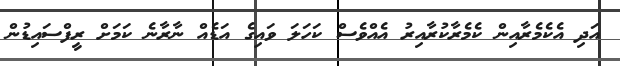
އަދި އެކެމެރާއިން ކެމެރާކުރާއިރު އެއްވެސް ކަހަލަ ވައިގެ އަޑެއް ނާރާނެ ކަމަށް ރީފްސައިޑުން